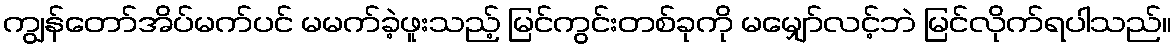
ကျွန်တော်အိပ်မက်ပင် မမက်ခဲ့ဖူးသည့် မြင်ကွင်းတစ်ခုကို မမျှော်လင့်ဘဲ မြင်လိုက်ရပါသည်။